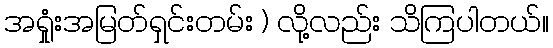
အရှုံးအမြတ်ရှင်းတမ်း ) လို့လည်း သိကြပါတယ်။